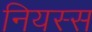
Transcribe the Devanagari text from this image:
नियस्स